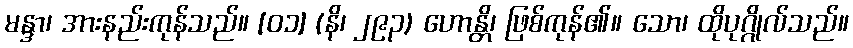
မန္ဒာ၊ အားနည်းကုန်သည်။ [၀၁] (နိ၊ ၂၉၃) ဟောန္တိ၊ ဖြစ်ကုန်၏။ သော၊ ထိုပုဂ္ဂိုလ်သည်။